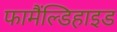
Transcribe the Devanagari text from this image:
फामैंल्डिहाइड